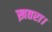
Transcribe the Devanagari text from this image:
ख़तरा।